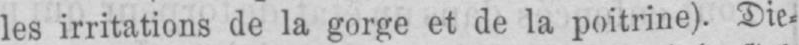
les irritations de la gorge et de la poitrine). Die⸗